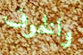
والخوف